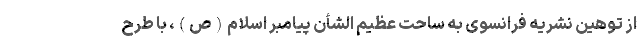
از توهین نشریه فرانسوی به ساحت عظیم الشأن پیامبر اسلام(ص)، با طرح